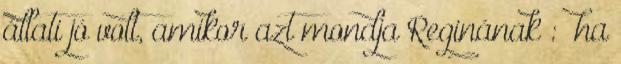
állati jó volt, amikor azt mondja Reginának : “ha